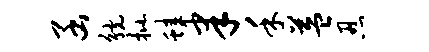
函觥批蛙聿禾益忍